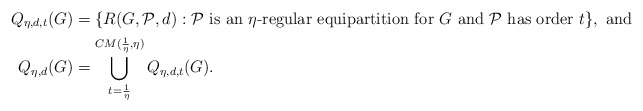
\begin{align*}Q_{\eta,d,t}(G) &= \{ R(G,\mathcal{P},d) : \mathcal{P}\textnormal{ is an }\eta\textnormal{-regular equipartition for } G\textnormal{ and }\mathcal{P}\textnormal{ has order }t\},\textnormal{ and }\\Q_{\eta, d}(G) &= \bigcup_{t=\frac{1}{\eta}}^{CM(\frac{1}{\eta}, \eta)} Q_{\eta,d,t}(G).\end{align*}